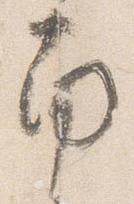
南